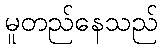
မူတည်နေသည်